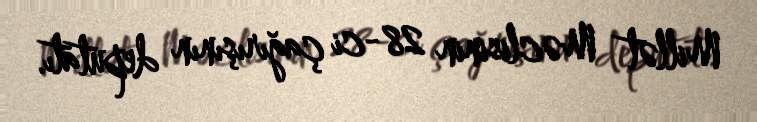
Millət Məclisinin 28-ci çağırışının deputatı.